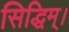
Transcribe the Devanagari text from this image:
सिद्धिम्।